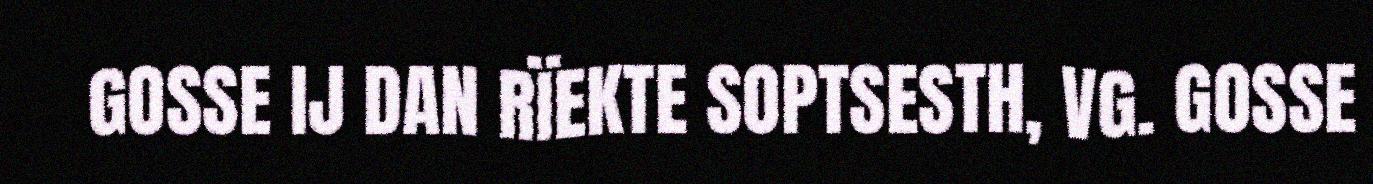
GOSSE IJ DAN RÏEKTE SOPTSESTH, VG. GOSSE